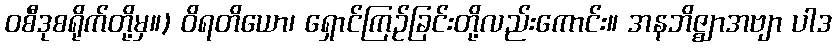
ဝစီဒုစရိုက်တို့မှ။) ဝိရတိယော၊ ရှောင်ကြဉ်ခြင်းတို့လည်းကောင်း။ အနဘိဇ္ဈာအဗျာ ပါဒ